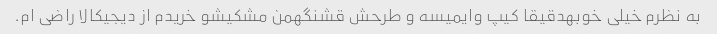
به نظرم خیلی خوبهدقیقا کیپ وایمیسه و طرحش قشنگهمن مشکیشو خریدم از دیجیکالا راضی ام.